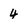
Character: 4